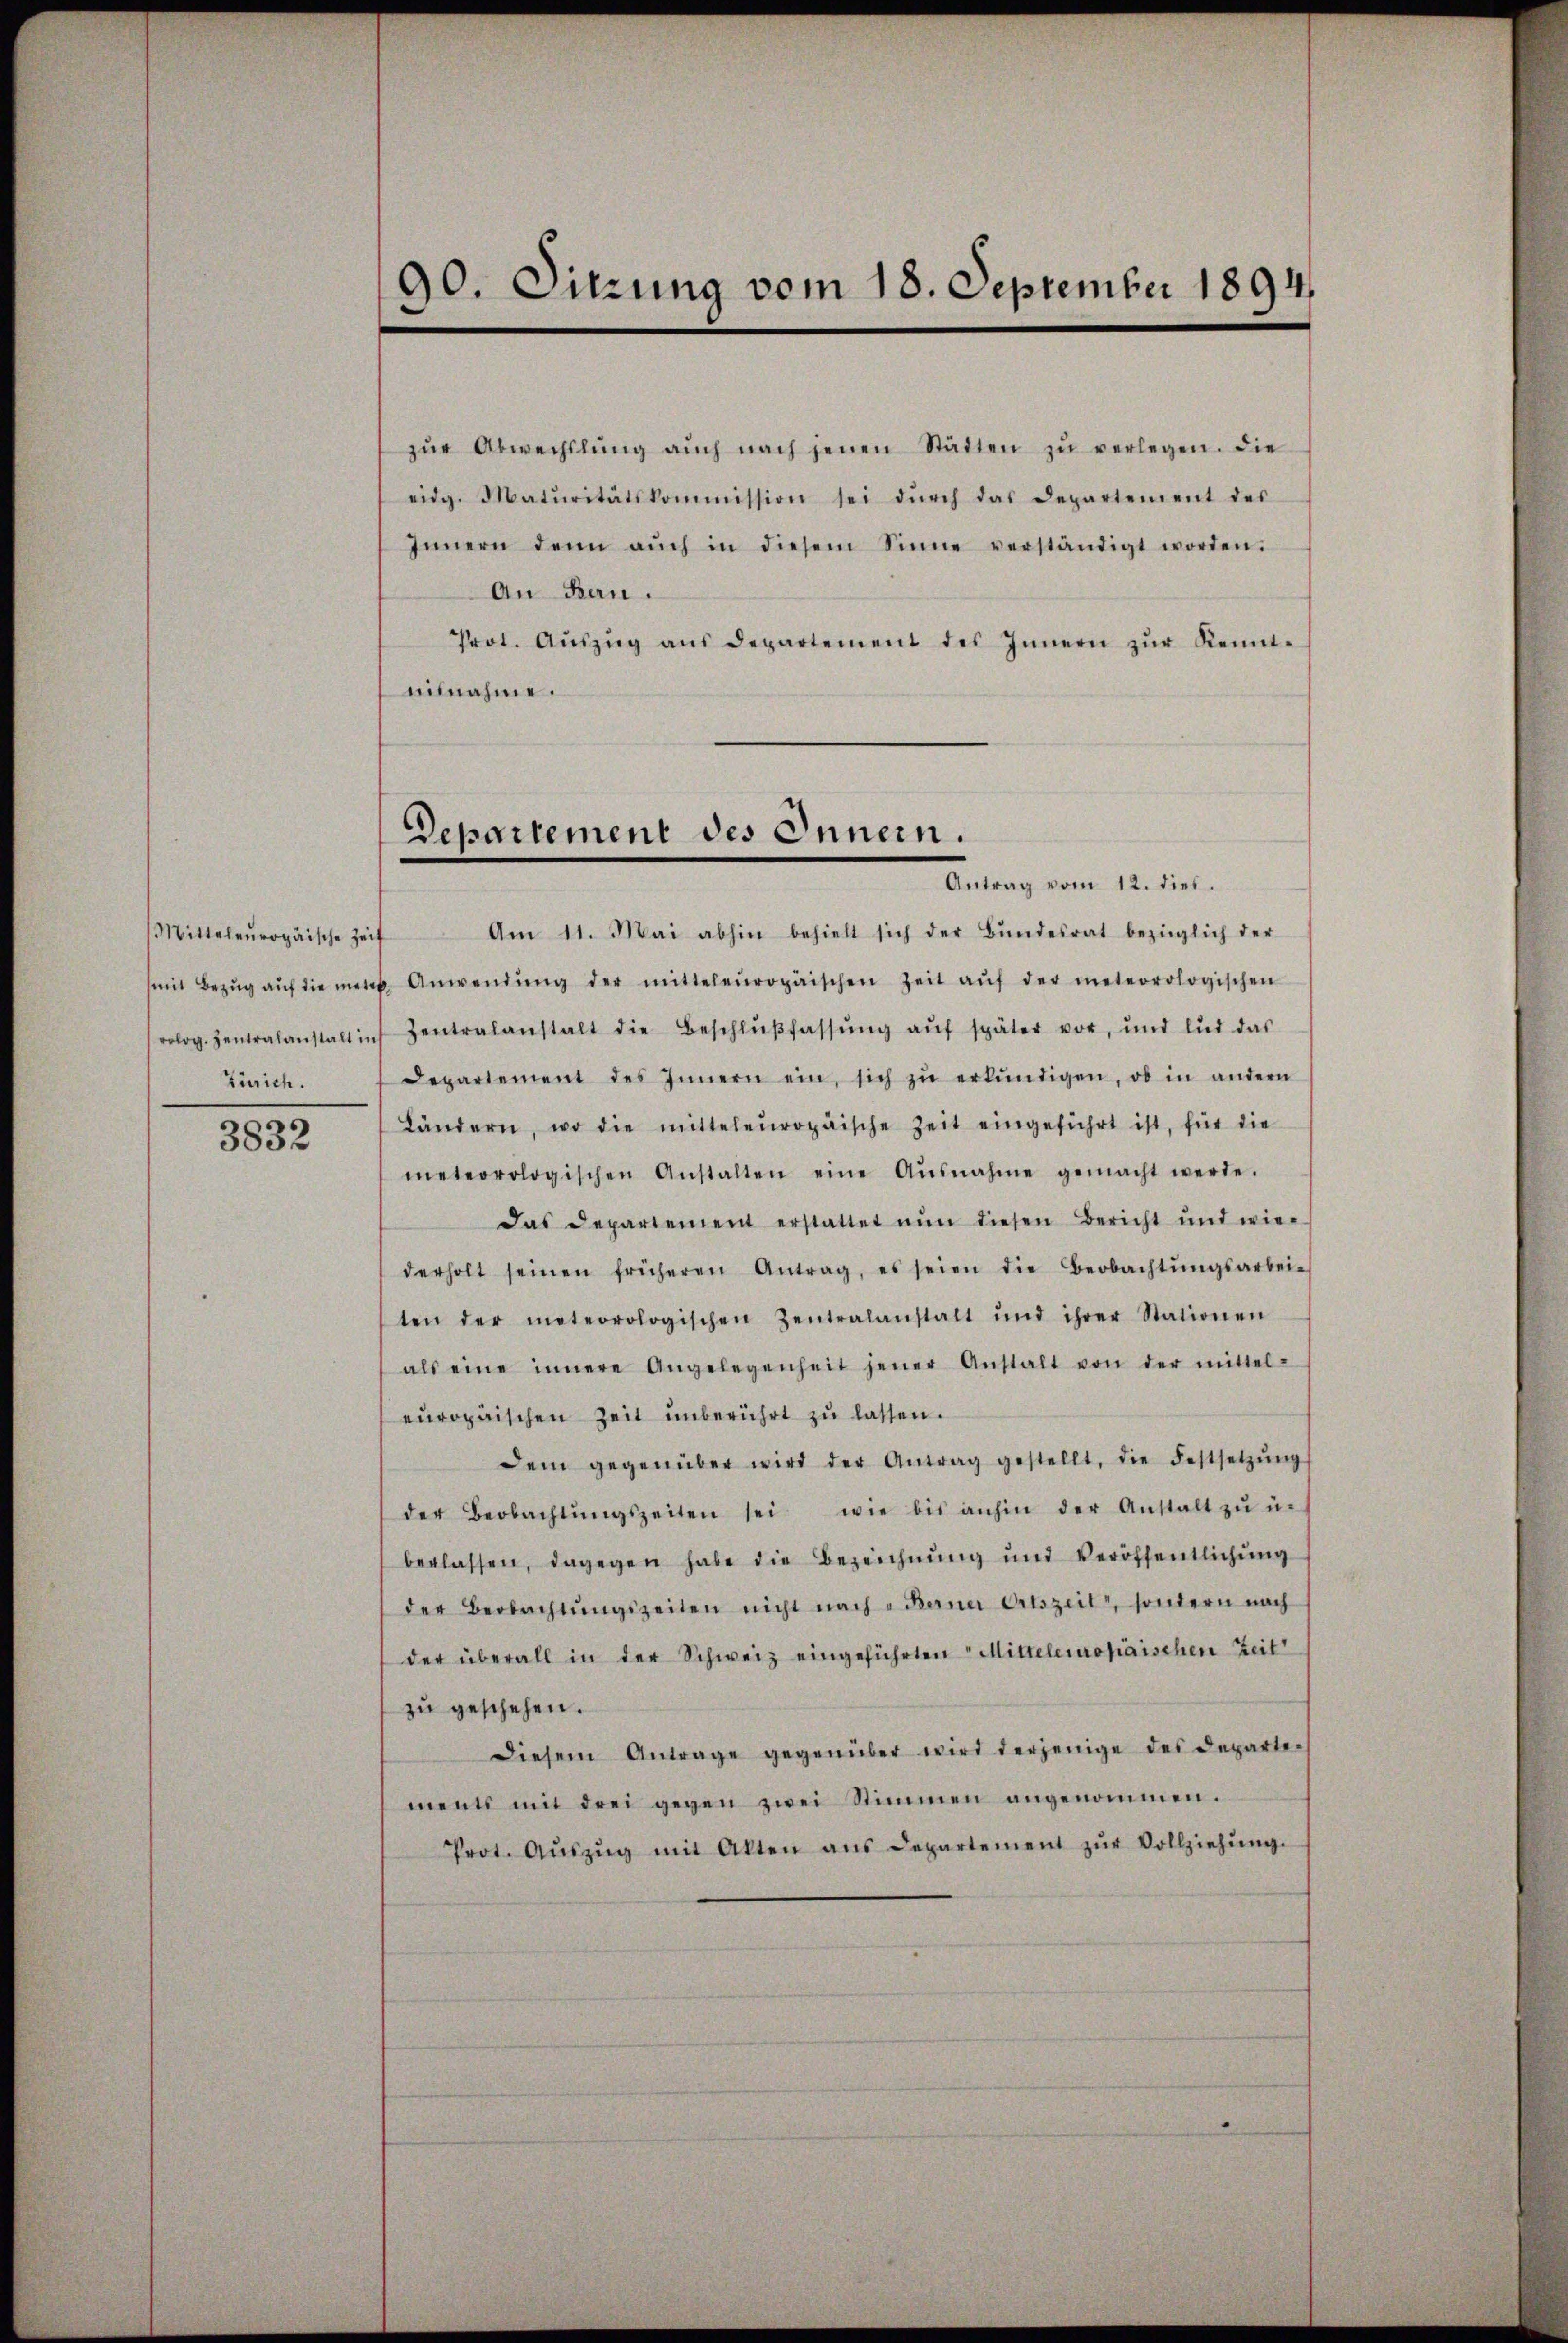
Zürich.

3832

90. Sitzung vom 18. September 1894.

zŭr Abwechslung aŭch nach jenen Städten zŭ verlegen. Die
eidg. Maturitätskommission sei dŭrch das Departement des
Innern denn aŭch in diesem Sinne verständigt worden.
An Bern.
Prot. Aŭszŭg aŭs departement des Innern zŭr Kennt-
eilnahme.

Departement des Innern.

Antrag vom 12. dies
Mitteleŭropäische Zeit Am 11. Mai abhin behielt sich der Bŭndesrat bezüglich der
mit Bezŭg aŭf die mete Anwendŭng der mitteleŭropäischen Zeit aŭf der meteorologischen
rolog. Zentralanstalt in Zentralanstalt die Beschlŭβfassŭng aŭf später vor, und lud das
Departement des Innern ein, sich zŭ erkŭndigen, ob in andern
Ländern, wo die mitteleŭropäische Zeit eingeführt ist, für die
meteorologischen Anstalten eine Ausnahme gemacht werde.
Das Departement erstattet nŭn diesen Bericht und wie-
derholt seinen früheren Antrag, es seien die Beobachtŭngsarbei-
ten der meteorologischen Zentralanstalt und ihrer Stationen
als eine innere Angelegenheit jener Anstalt von der mittel-
europäischen Zeit unberührt zŭ lassen.
Dem gegenüber wird der Antrag gestellt, die Festsetzŭng
der Beobachtŭngszeiten sei wie bis anhin der Anstalt zŭ ŭn
berlassen, dagegen habe die Bezeichnŭng und Veröffentlichŭng
der Beobachtŭngszeiten nicht nach „Berner Ortszeit, sondern nach
der überall in der Schweiz eingeführten Mittelenropaischen Zeit
zŭ geschehen.
Diesem Antrage gegenüber wird derjenige des Departe-
menti mit drei gegen zwei Stimmen angenommen.
Prot. Aŭszŭg mit Akten ans Departement zŭr Vollziehŭng.